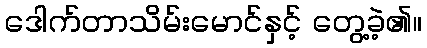
ဒေါက်တာသိမ်းမောင်နှင့် တွေ့ခဲ့၏။